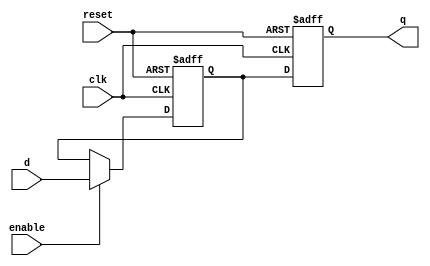
module transparent_latch_d_ff(input wire clk, input wire reset, input wire enable, input wire d, output reg q);

   reg d_latch;
   
   always @ (posedge clk or posedge reset)
   begin
      if (reset)
         d_latch <= 1'b0;
      else if (enable)
         d_latch <= d;
   end
   
   always @ (posedge clk or posedge reset)
   begin
      if (reset)
         q <= 1'b0;
      else
         q <= d_latch;
   end

endmodule